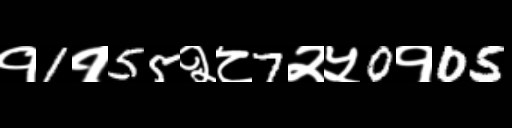
Text: १1१55२८7२५0१05